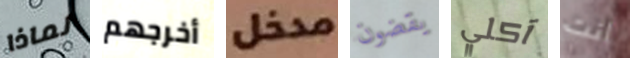
لماذا أخرجهم مدخل يقضون آكلي انت